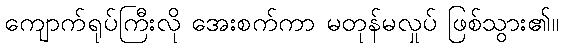
ကျောက်ရုပ်ကြီးလို အေးစက်ကာ မတုန်မလှုပ် ဖြစ်သွား၏။